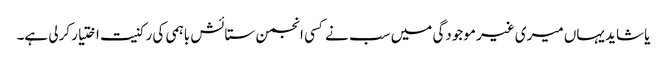
یا شاید یہاں میری غیر موجودگی میں سب نے کسی انجمن ستائش باہمی کی رکنیت اختیار کرلی ہے۔